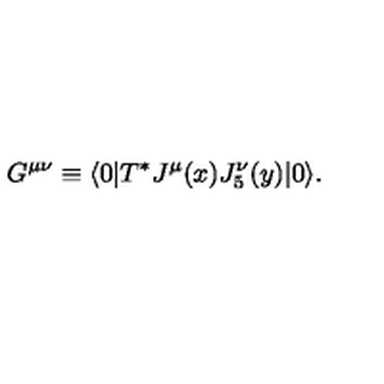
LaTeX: G ^ { \mu \nu } \equiv \langle 0 | T ^ { * } J ^ { \mu } ( x ) J _ { 5 } ^ { \nu } ( y ) | 0 \rangle .